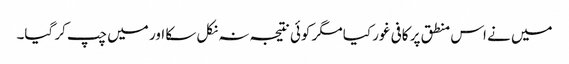
میں نے اس منطق پر کافی غور کیا مگر کوئی نتیجہ نہ نکل سکا اور میں چپ کر گیا۔